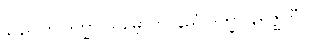
နာညတြ ဒုက္ခာ သမ္ဘောတိ၊ နညံ ဒုက္ခာ နိရုဇ္ဈတီတိ။